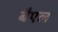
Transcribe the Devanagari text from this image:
बैएल